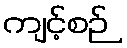
ကျင့်စဉ်